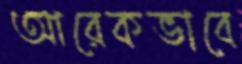
আরেকভাবে